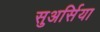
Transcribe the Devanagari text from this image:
सुअर्सिया